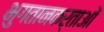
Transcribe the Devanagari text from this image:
भुगतानकर्ताओं